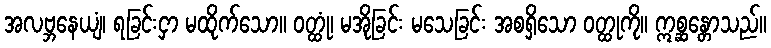
အလဗ္ဘနေယျံ၊ ရခြင်းငှာ မထိုက်သော။ ဝတ္ထုံ၊ မအိုခြင်း မသေခြင်း အစရှိသော ဝတ္ထုကို။ ဣစ္ဆန္တောသည်။